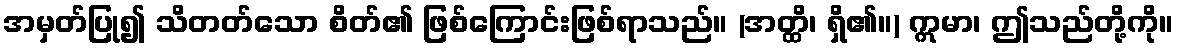
အမှတ်ပြု၍ သိတတ်သော စိတ်၏ ဖြစ်ကြောင်းဖြစ်ရာသည်။ (အတ္ထိ၊ ရှိ၏။) ဣမာ၊ ဤသည်တို့ကို။